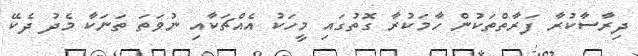
ދިރާސާކުރާ ފަރާތްތަކުން ހާމަކުރާ ގޮތުގައި މީހަކު އެއްޗަކާއި ނުވަތަ ތަނަކާ މެދު ދެކޭ